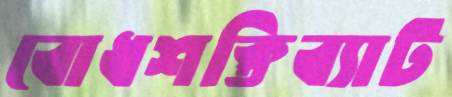
বোধশক্তিব্যাট